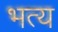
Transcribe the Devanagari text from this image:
भत्य